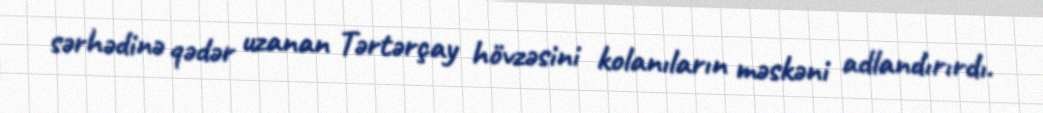
sərhədinə qədər uzanan Tərtərçay hövzəsini kolanıların məskəni adlandırırdı.